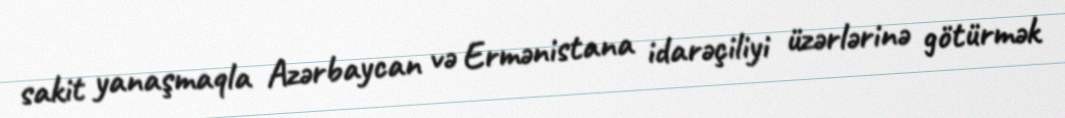
sakit yanaşmaqla Azərbaycan və Ermənistana idarəçiliyi üzərlərinə götürmək